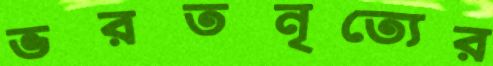
ভরতনৃত্যের